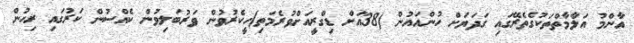
އާންމު އަލާމާތްތަކުގެތެރޭގައި ގަދަޔަށް ހުންއައުން (38އަށް ޑިގްރީއަށްވުރެމަތި)ހީކެރުވުން ވަރުބަލިވުން ކެއްސުން ކަރުގައި ރިހުން